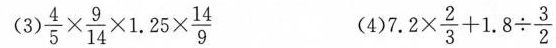
(3)$$\frac { 4 } { 5 } \times \frac { 9 } { 1 4 } \times